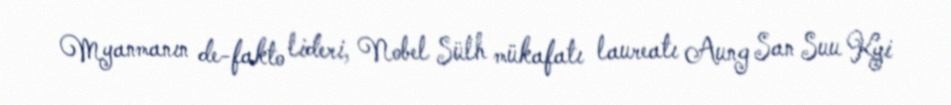
Myanmanın de-fakto lideri, Nobel Sülh mükafatı laureatı Aung San Suu Kyi